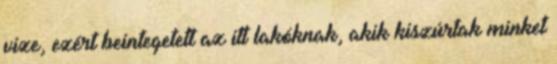
vize, ezért beintegetett az itt lakóknak, akik kiszúrtak minket